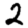
Digit: 2